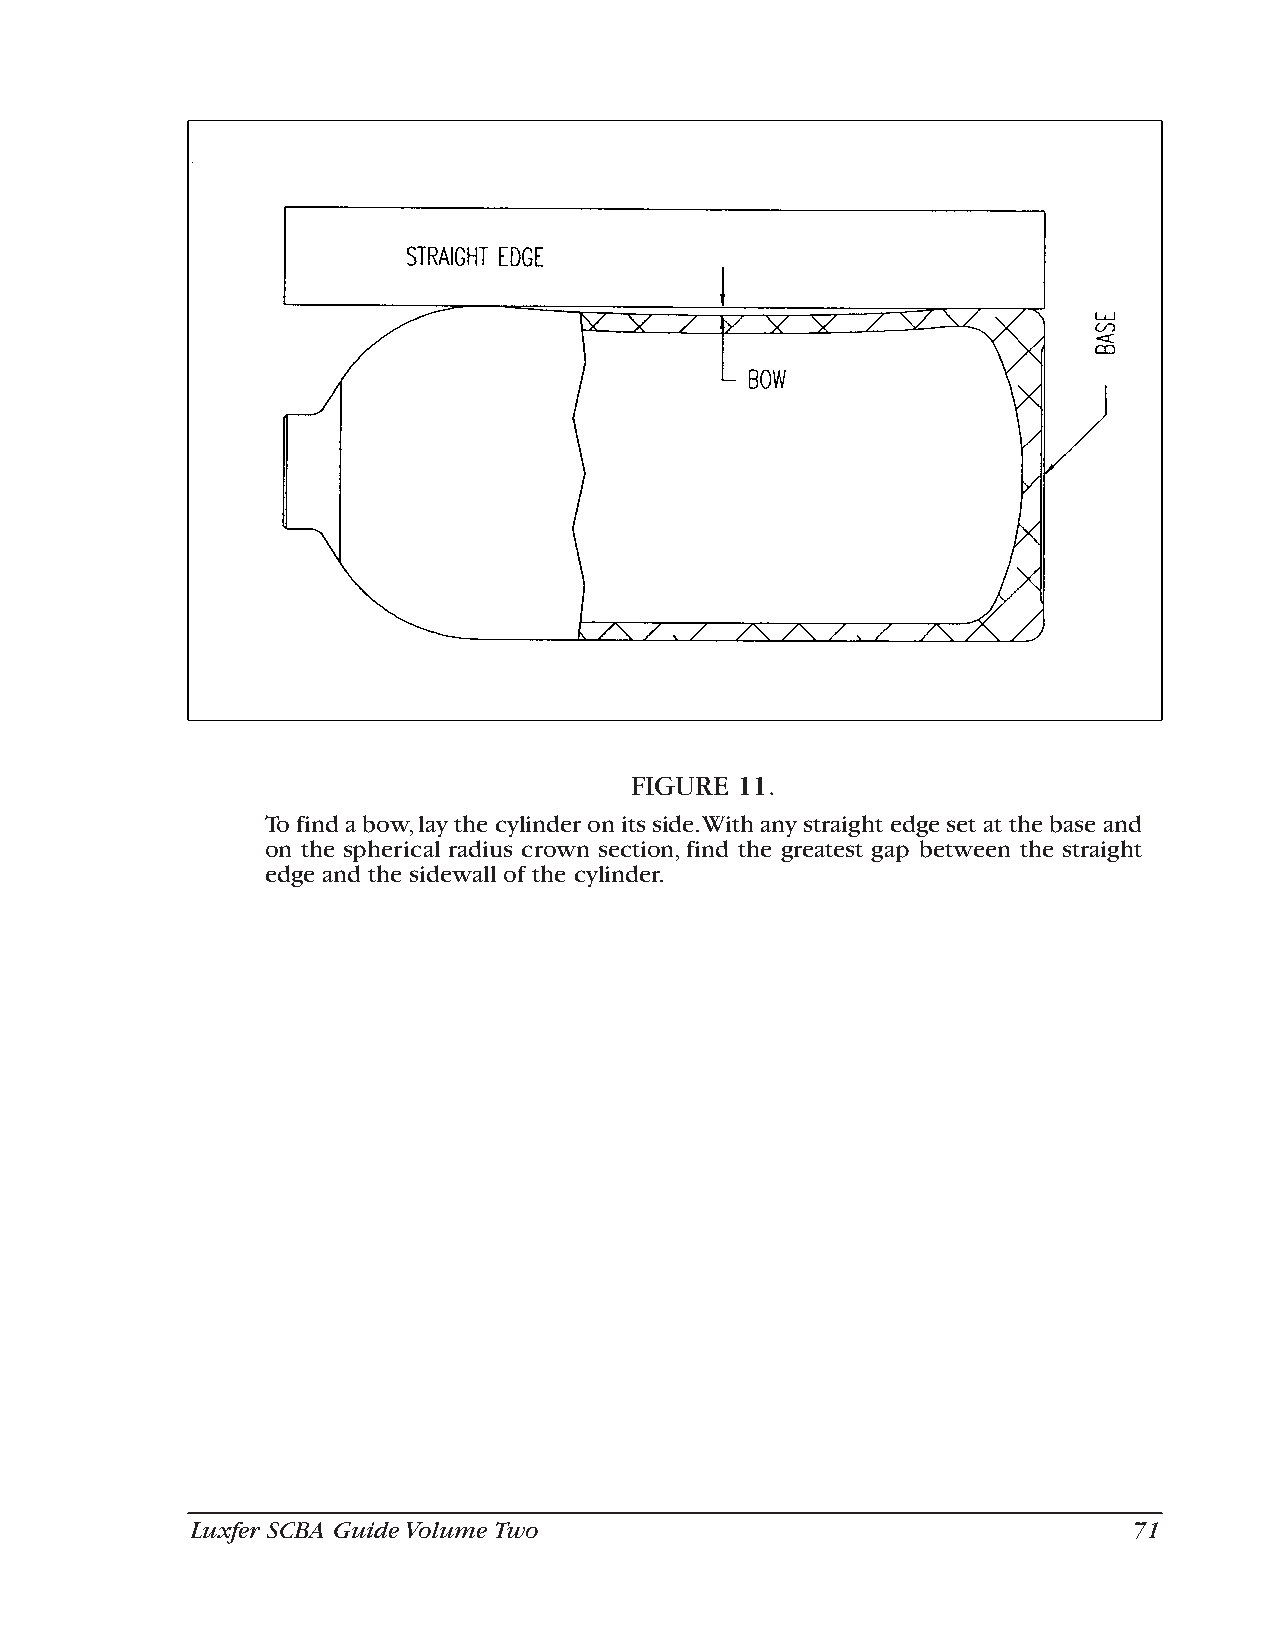
FIGURE 11.
 To find a bow,lay the cylinder on its side.With any straight edge set at the base and
 on the spherical radius crown section,find the greatest gap between the straight
 edge and the sidewall of the cylinder.
 Luxfer SCBA Guide Volume Two                                  71